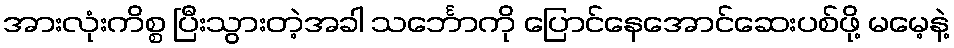
အားလုံးကိစ္စ ပြီးသွားတဲ့အခါ သင်္ဘောကို ပြောင်နေအောင်ဆေးပစ်ဖို့ မမေ့နဲ့